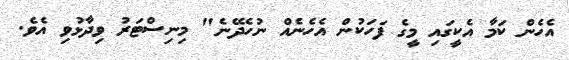
އެހެން ކަމާ އެކީގައި މީގެ ފަހަކުން އެހެނެއް ނުހެދޭނެ" މިނިސްޓަރު ވިދާޅުވި އެވެ.